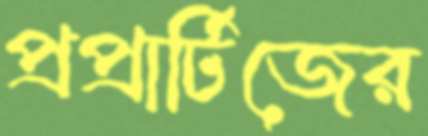
প্রপ্রার্টিজের